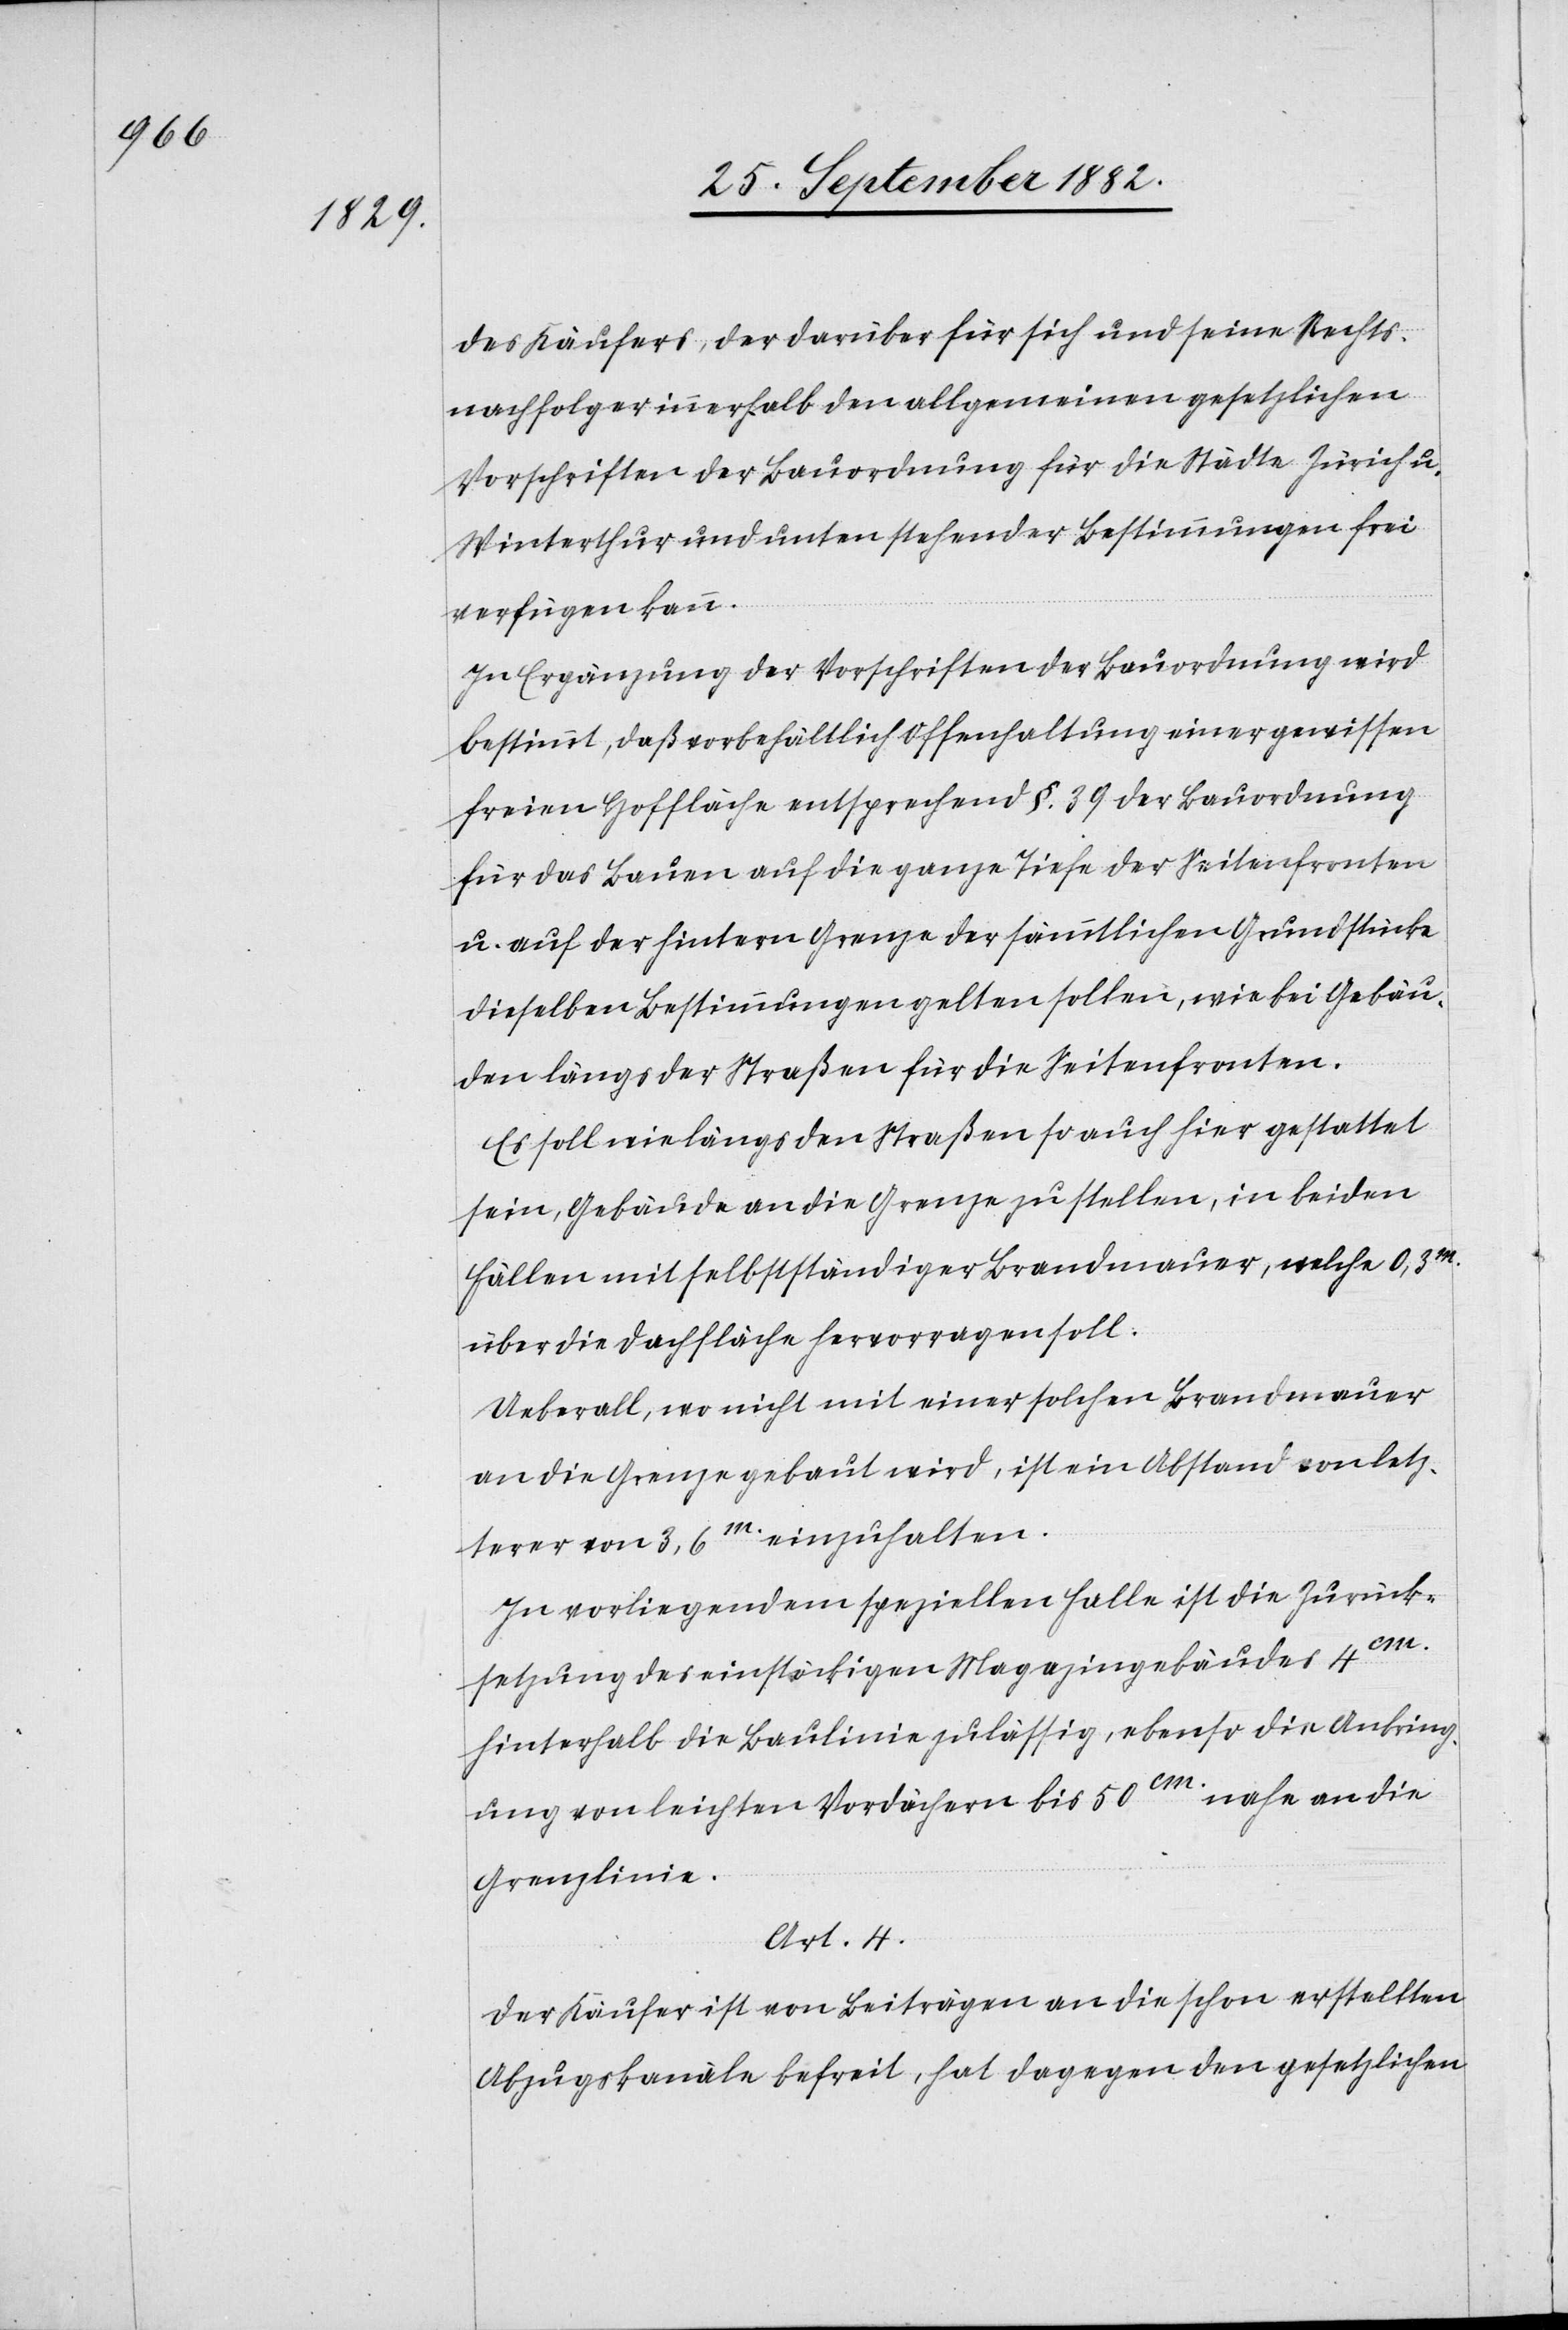
des Käufers, der darüber für sich und seine Rechts¬
nachfolger innerhalb den allgemeinen gesetzlichen
Vorschriften der Bauordnung für die Städte Zürich u.
Winterthur und unten stehender Bestimmungen frei
verfügen kann.
In Ergänzung der Vorschriften der Bauordnung wird
bestimmt, daß vorbehältlich Offenhaltung einer gewissen
freien Hoffläche entsprechend §. 39 der Bauordnung
für das Bauen auf die ganze Tiefe der Seitenfronten
u. auf der hintern Grenze der sämmtlichen Grundstücke
dieselben Bestimmungen gelten sollen, wie bei Gebäu¬
den längs der Straßen für die Seitenfronten.
Es soll wie längs den Straßen so auch hier gestattet
sein, Gebäude an die Grenze zu stellen, in beiden
Fällen mit selbstständiger Brandmauer, welche 0,3m
über die Dachfläche hervorragen soll.
Ueberall, wo nicht mit einer solchen Brandmauer
an die Grenze gebaut wird, ist ein Abstand von letz¬
terer von 3,6m einzuhalten.
In vorliegendem speziellen Falle ist die Zurück¬
setzung des einstöckigen Magazingebäudes 4cm
hinterhalb die Baulinie zulässig, ebenso die Anbring¬
ung von leichten Vordächern bis 50cm nahe an die
Grenzlinie.
Art. 4.
Der Käufer ist von Beiträgen an die schon erstellten
Abzugskanäle befreit, hat dagegen den gesetzlichen